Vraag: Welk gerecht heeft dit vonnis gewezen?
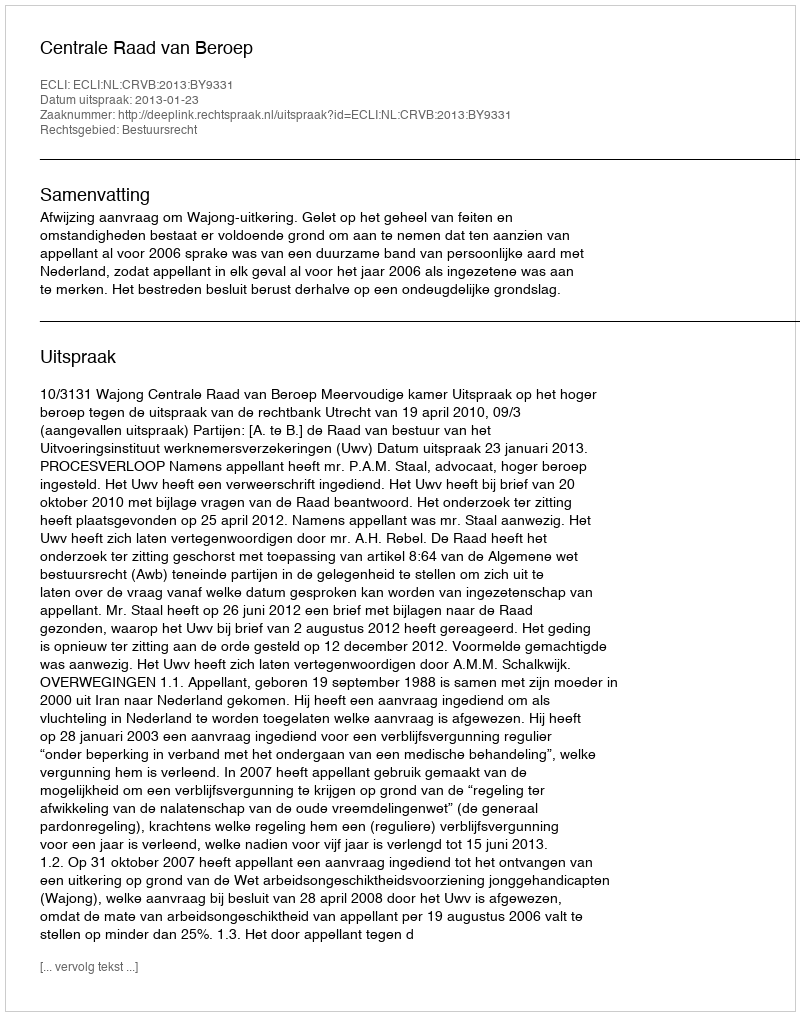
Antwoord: Centrale Raad van Beroep